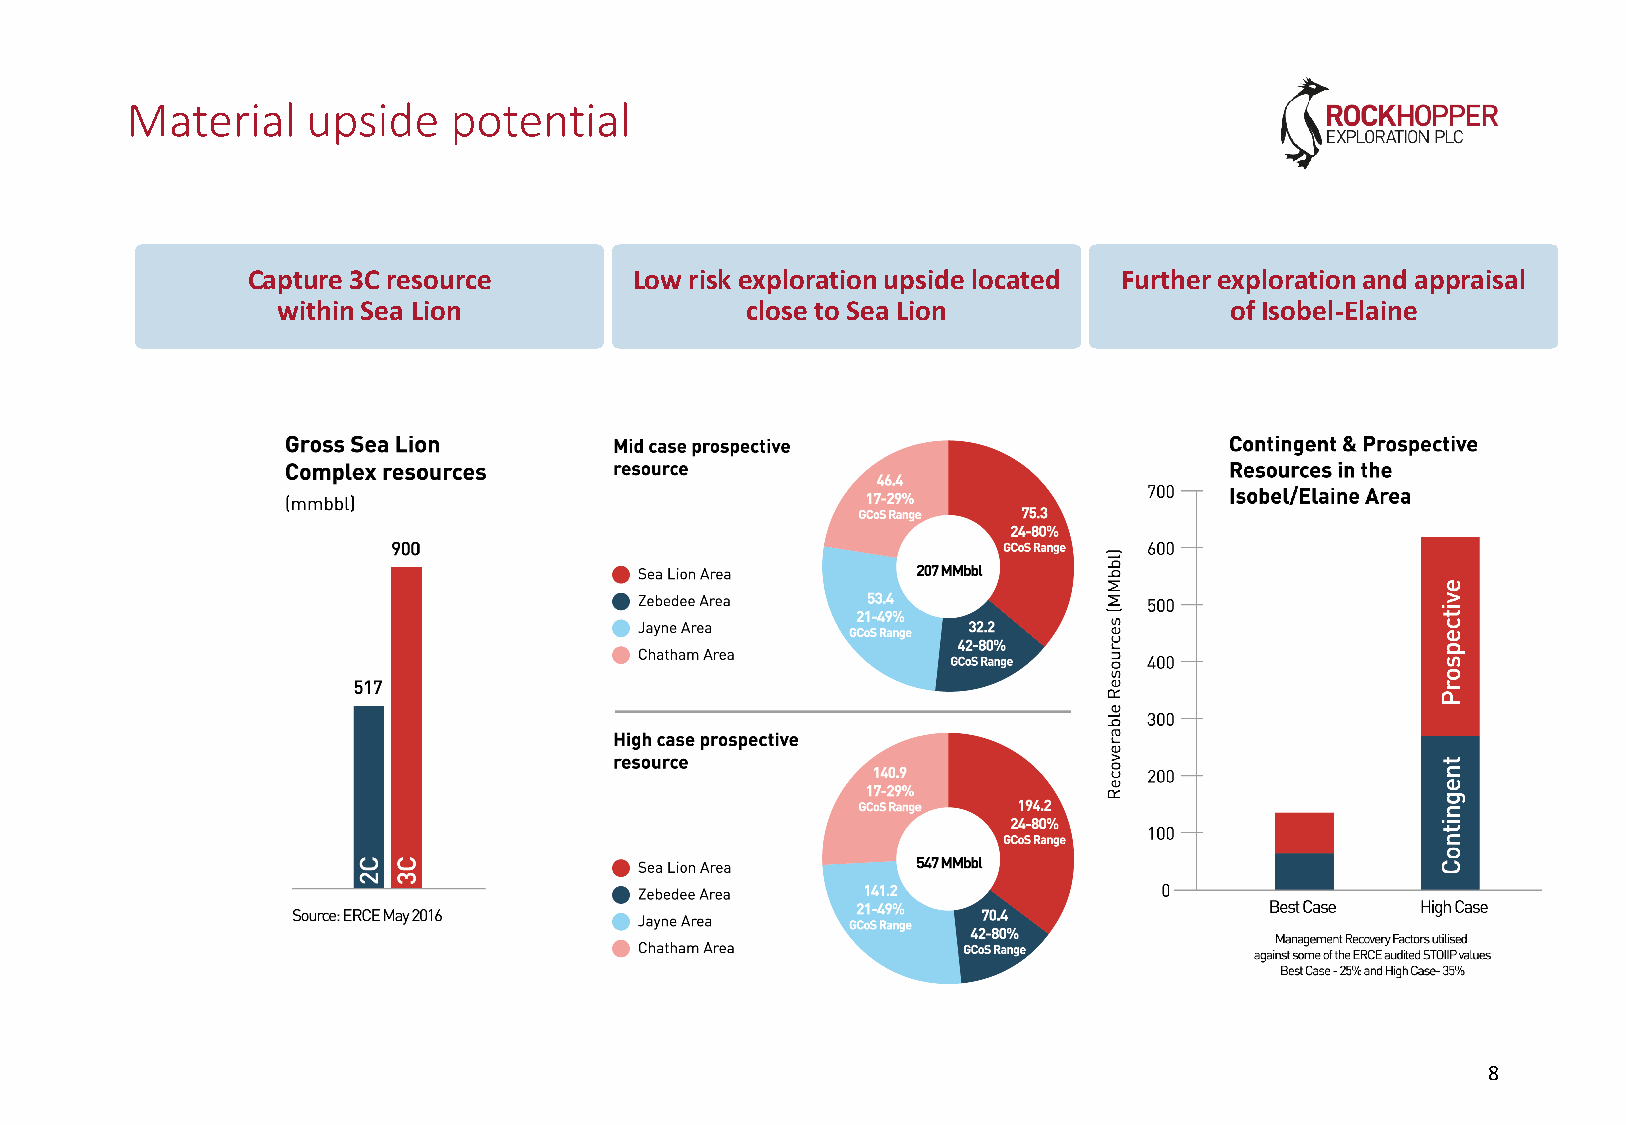
Material    upside    potential
 Capture 3C resource       Low risk exploration upside located Further exploration and appraisal
 within Sea Lion                close to Sea Lion               of Isobel-Elaine
 8